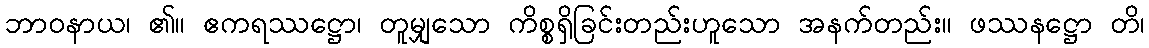
ဘာဝနာယ၊ ၏။ ဧကရဿဋ္ဌော၊ တူမျှသော ကိစ္စရှိခြင်းတည်းဟူသော အနက်တည်း။ ဖဿနဋ္ဌော တိ၊